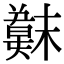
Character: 𫤳